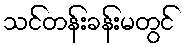
သင်တန်းခန်းမတွင်